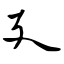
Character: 廴